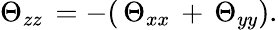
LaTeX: \begin{array}{r}{\Theta_{zz}\, =-(\, \Theta_{xx}\, +\, \Theta_{yy}).}\end{array}